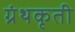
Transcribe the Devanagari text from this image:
ग्रंथकृती